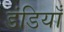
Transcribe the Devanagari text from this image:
डंडियाँ